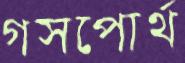
গসপোর্থ